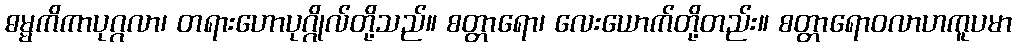
ဓမ္မကိကာပုဂ္ဂလာ၊ တရားဟောပုဂ္ဂိုလ်တို့သည်။ စတ္တာရော၊ လေးယောက်တို့တည်း။ စတ္တာရောဝလာဟကူပမာ